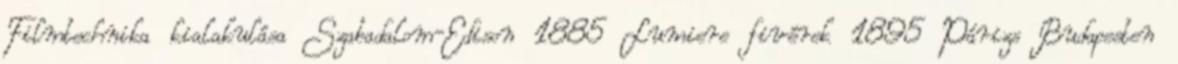
Filmtechnika kialakulása Szabadalom-Edison 1885 Lumiere fivérek 1895 Párizs Budapesten